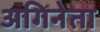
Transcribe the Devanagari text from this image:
अगिनेता